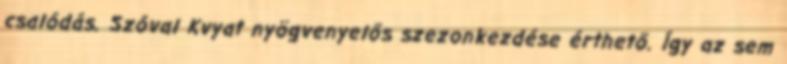
csalódás. Szóval Kvyat nyögvenyelős szezonkezdése érthető. Így az sem